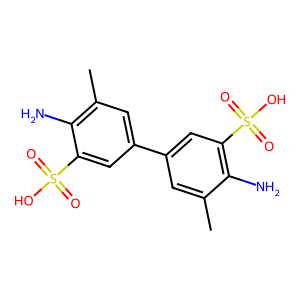
SMILES: Cc1cc(-c2cc(C)c(N)c(S(=O)(=O)O)c2)cc(S(=O)(=O)O)c1N
Inhibits HIV replication: No